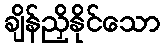
ချိန်ညှိနိုင်သော